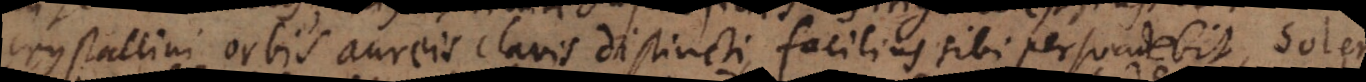
crystallini orbis aureis clavis distincti, facilius sibi persuadebit,